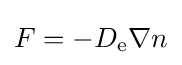
F=-D_{\text{e}}\nabla n